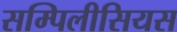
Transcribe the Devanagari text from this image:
सम्पिलीसियस